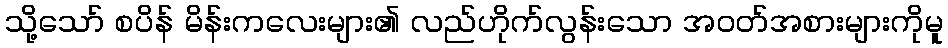
သို့သော် စပိန် မိန်းကလေးများ၏ လည်ဟိုက်လွန်းသော အဝတ်အစားများကိုမူ